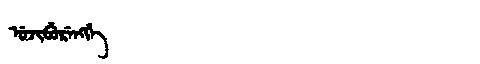
Manchu: ᡠᠵᡳᠪᡠᡵᡝᠩᡤᡝ
Romanization: UJIBURENGGE